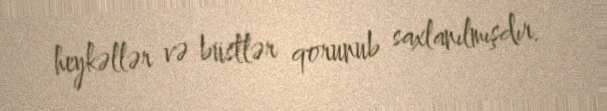
heykəllər və büstlər qorunub saxlanılmışdır.